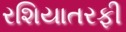
રશિયાતરફી